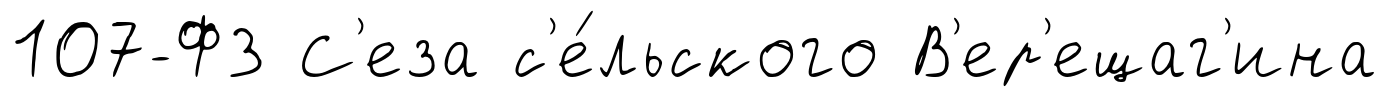
107-ФЗ С'еза с'е́льского В'ер'ещаг'ина